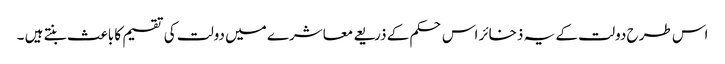
اس طرح دولت کے یہ ذخائر اس حکم کے ذریعے معاشرے میں دولت کی تقسیم کا باعث بنتے ہیں ۔